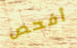
أفحص